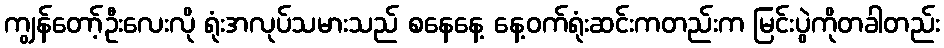
ကျွန်တော့်ဦးလေးလို ရုံးအလုပ်သမားသည် စနေနေ့ နေ့ဝက်ရုံးဆင်းကတည်းက မြင်းပွဲကိုတခါတည်း